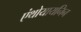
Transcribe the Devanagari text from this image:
एंथोयायनिन